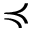
\preccurlyeq